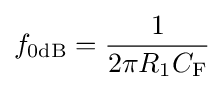
f_{\text{0dB}}={\frac {1}{{2\pi }{R_{\text{1}}}{C_{\text{F}}}}}